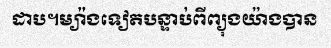
ដាប។ម្យ៉ាងទៀតបន្ទាប់ពីព្យុងយ៉ាងបាន